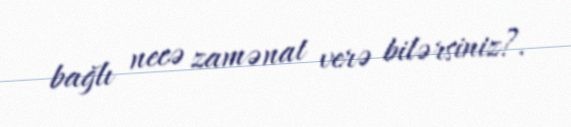
bağlı necə zamənat verə bilərsiniz?.